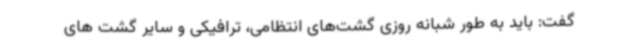
گفت: باید به طور شبانه روزی گشت‌های انتظامی، ترافیکی و سایر گشت های